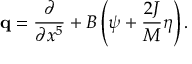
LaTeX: { \bf q } = { \frac { \partial } { \partial x ^ { 5 } } } + B \left( \psi + { \frac { 2 J } { M } } \eta \right) .